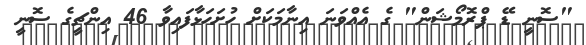
"ސޮނީ ޑޭ ޕްރޮމޯޝަން" ގެ އެއްވަނަ އިނާމަކަށް ހުށަހަޅާފައިވާ 46 އިންޗީގެ ސޮނީ